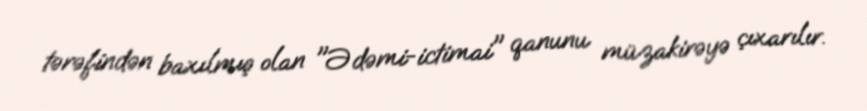
tərəfindən baxılmış olan "Ədəmi-ictimai" qanunu müzakirəyə çıxarılır.